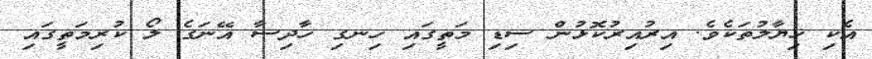
އެކި ޚިޔާލުތަކެވެ. އިރުއިރުކޮޅުން ސިޑި މަތީގައި ހިނގި ހާދިސާ އޭނަގެ ލޯ ކުރިމަތީގައި